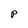
Character: p